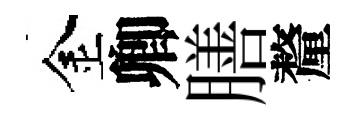
金卿膳釐